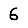
Digit: 6